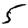
Digit: 5